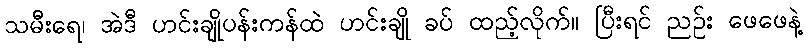
သမီးရေ၊ အဲဒီ ဟင်းချိုပန်းကန်ထဲ ဟင်းချို ခပ် ထည့်လိုက်။ ပြီးရင် ညဉ်း ဖေဖေနဲ့